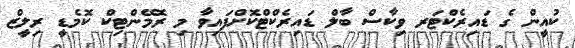
ކުއީން ގެ ޑައިރެކްޓަރ ވިކާސް ބާލް ޑައިރެކްޓްކޮށްފައިވާ މި ރޮމޭންޓިކް ކޮމެޑީ ރިލީޒް